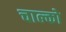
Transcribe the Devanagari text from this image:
चाल्को